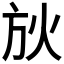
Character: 𣃛